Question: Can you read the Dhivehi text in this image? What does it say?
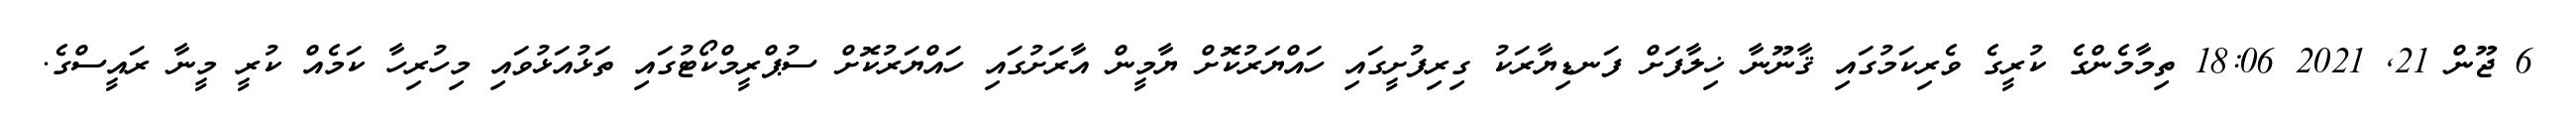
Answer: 6 ޖޫން 21, 2021 18:06 ތިމާމެންގެ ކުރީގެ ވެރިކަމުގައި ޤާނޫނާ ޚިލާފަށް ފަނޑިޔާރަކު ގިރިފުށީގައި ހައްޔަރުކޮށް ޔާމީން އާރަށުގައި ހައްޔަރުކޮށް ސުޕްރީމްކޯޓުގައި ތަޅުއަޅުވައި މިހުރިހާ ކަމެއް ކުރީ މީނާ ރައީސްގެ.